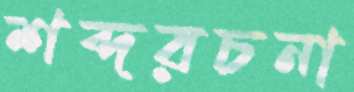
শব্দরচনা